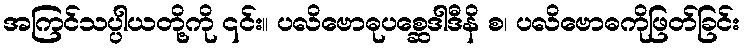
အကြင်သပ္ပါယတို့ကို ၎င်း။ ပလိဗောဓုပစ္ဆေဒါဒီနိ စ၊ ပလိဗောဓကိုဖြတ်ခြင်း